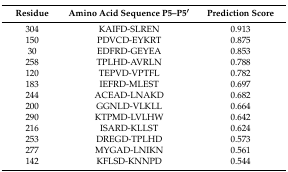
<table><thead><tr><td><b>Residue</b></td><td><b>Amino Acid Sequence P5–P5′</b></td><td><b>Prediction Score</b></td></tr></thead><tbody><tr><td>304</td><td>KAIFD-SLREN</td><td>0.913</td></tr><tr><td>150</td><td>PDVCD-EYKRT</td><td>0.875</td></tr><tr><td>30</td><td>EDFRD-GEYEA</td><td>0.853</td></tr><tr><td>258</td><td>TPLHD-AVRLN</td><td>0.788</td></tr><tr><td>120</td><td>TEPVD-VPTFL</td><td>0.782</td></tr><tr><td>183</td><td>IEFRD-MLEST</td><td>0.697</td></tr><tr><td>244</td><td>ACEAD-LNAKD</td><td>0.682</td></tr><tr><td>200</td><td>GGNLD-VLKLL</td><td>0.664</td></tr><tr><td>290</td><td>KTPMD-LVLHW</td><td>0.642</td></tr><tr><td>216</td><td>ISARD-KLLST</td><td>0.624</td></tr><tr><td>253</td><td>DREGD-TPLHD</td><td>0.573</td></tr><tr><td>277</td><td>MYGAD-LNIKN</td><td>0.561</td></tr><tr><td>142</td><td>KFLSD-KNNPD</td><td>0.544</td></tr></tbody></table>